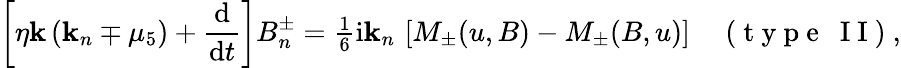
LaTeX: \left[\eta\mathbf{k}\left(\mathbf{k}_{n}\mp\mu_{5}\right)+\frac{{\mathrm{{d}}{}}}{{\mathrm{{d}}{}t}}\right]B_{n}^{\pm}={\textstyle{\frac{{1}}{{6}}}}\mathrm{{i}}\mathbf{k}_{n}\, \left[M_{\pm}(u,B)-M_{\pm}(B,u)\right]\quad\mathrm{{~(~t~y~p~e~~~I~I~)~}},